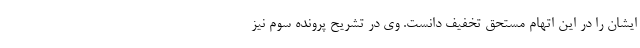
ایشان را در این اتهام مستحق تخفیف دانست. وی در تشریح پرونده سوم نیز